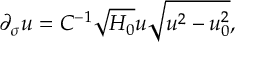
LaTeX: \partial _ { \sigma } u = C ^ { - 1 } \sqrt { H _ { 0 } } u \sqrt { u ^ { 2 } - u _ { 0 } ^ { 2 } } ,